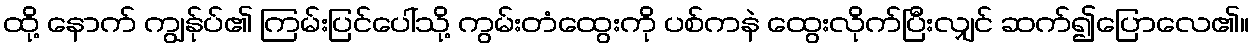
ထို့ နောက် ကျွန်ုပ်၏ ကြမ်းပြင်ပေါ်သို့ ကွမ်းတံထွေးကို ပစ်ကနဲ ထွေးလိုက်ပြီးလျှင် ဆက်၍ပြောလေ၏။